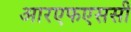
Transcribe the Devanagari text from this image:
आरएफएससी